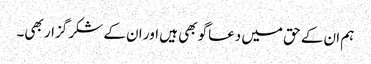
ہم ان کے حق میں دعاگو بھی ہیں اور ان کے شکر گزار بھی۔